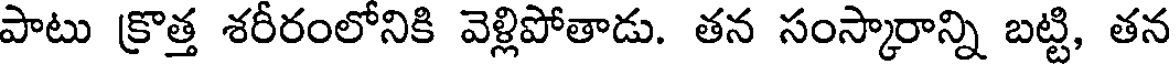
పాటు క్రొత్త శరీరంలోనికి వెళ్లిపోతాడు. తన సంస్కారాన్ని బట్టి, తన